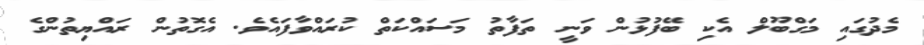
މެދުގައި މަގްބޫލް އެކި ބޭފުޅުން ވަނީ ތަފާތު މަސައްކަތް ކުރައްވާފައެވެ. އެގޮތުން ރައްޔިތުންގެ